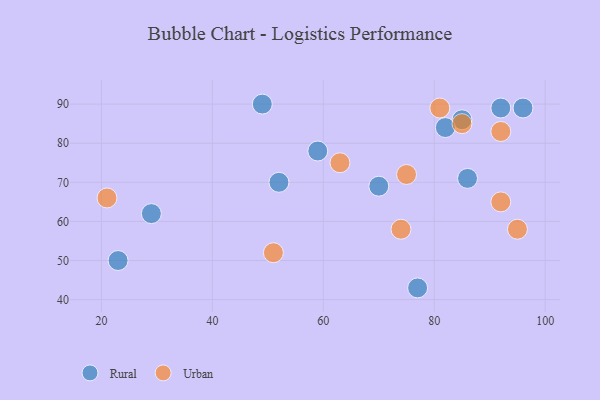
{"axis": {"x": "GDP", "y": "Life Expectancy"}, "legend": ["Rural", "Urban"], "data": [{"x": "86", "y": 71, "type": "Rural"}, {"x": "85", "y": 86, "type": "Rural"}, {"x": "23", "y": 50, "type": "Rural"}, {"x": "82", "y": 84, "type": "Rural"}, {"x": "49", "y": 90, "type": "Rural"}, {"x": "96", "y": 89, "type": "Rural"}, {"x": "52", "y": 70, "type": "Rural"}, {"x": "77", "y": 43, "type": "Rural"}, {"x": "29", "y": 62, "type": "Rural"}, {"x": "70", "y": 69, "type": "Rural"}, {"x": "92", "y": 89, "type": "Rural"}, {"x": "59", "y": 78, "type": "Rural"}, {"x": "75", "y": 72, "type": "Urban"}, {"x": "51", "y": 52, "type": "Urban"}, {"x": "92", "y": 83, "type": "Urban"}, {"x": "74", "y": 58, "type": "Urban"}, {"x": "85", "y": 85, "type": "Urban"}, {"x": "21", "y": 66, "type": "Urban"}, {"x": "92", "y": 65, "type": "Urban"}, {"x": "95", "y": 58, "type": "Urban"}, {"x": "81", "y": 89, "type": "Urban"}, {"x": "63", "y": 75, "type": "Urban"}]}